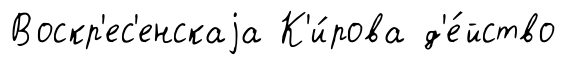
Воскр'ес'енскаjа К'и́рова д'е́йство